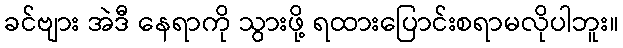
ခင်ဗျား အဲဒီ နေရာကို သွားဖို့ ရထားပြောင်းစရာမလိုပါဘူး။